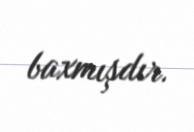
baxmışdır.